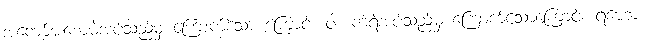
အကျော်အစောမဲ့အပ်သည်မှ ကြောက်သော ကြောင့်။ ဝါ။ ကဲ့ရဲ့အပ်သည်မှ ကြောက်သောကြောင့်။ ရဟော၊